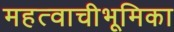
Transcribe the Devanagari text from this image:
महत्वाचीभूमिका